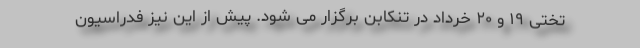
تختی ۱۹ و ۲۰ خرداد در تنکابن برگزار می شود. پیش از این نیز فدراسیون